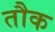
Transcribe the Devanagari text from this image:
तौक